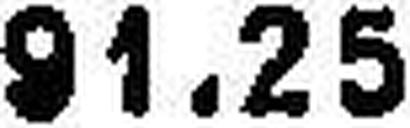
91.25